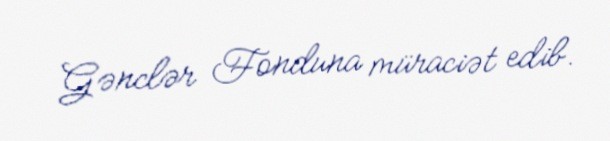
Gənclər Fonduna müraciət edib.